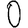
Digit: 0